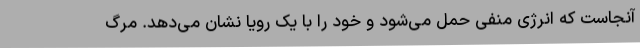
آنجاست که انرژی منفی حمل می‌شود و خود را با یک رویا نشان می‌دهد. مرگ